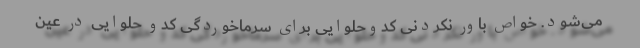
می‌شود. خواص باور نکردنی کدوحلوایی برای سرماخوردگی کدو حلوایی در عین